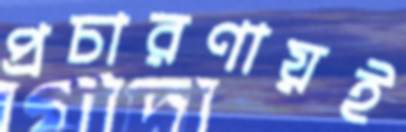
প্রচারণায়ই